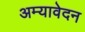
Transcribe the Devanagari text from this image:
अम्यावेदन